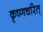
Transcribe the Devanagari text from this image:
कृष्णचरित्